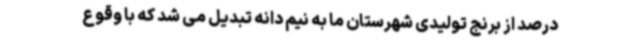
درصد از برنج تولیدی شهرستان ما به نیم دانه تبدیل می شد که با وقوع